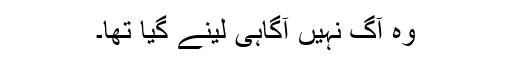
وہ آگ نہیں آگاہی لینے گیا تھا۔